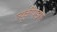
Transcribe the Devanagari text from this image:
ल्यूकोपाइरस